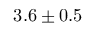
3 . 6 \pm 0 . 5